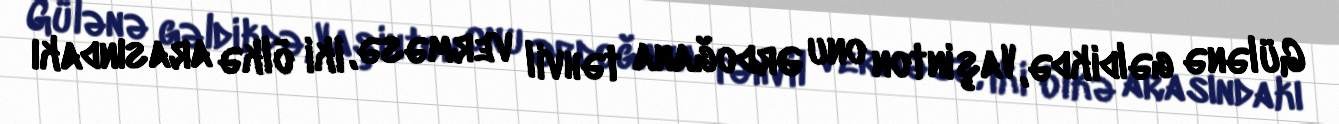
Gülənə gəldikdə, Vaşinton onu Ərdoğana təhvil verməsə, iki ölkə arasındakı